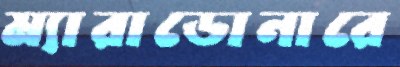
ম্যারাডোনারে